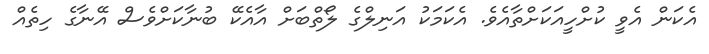
އެކަން އެވީ ކުށްހީއަކަށްތާއެވެ. އެކަމަކު އަނިލްގެ ލޯތްބަށް އާއެކޭ ބުނާކަށްވެސް އޭނާގެ ހިތެއް